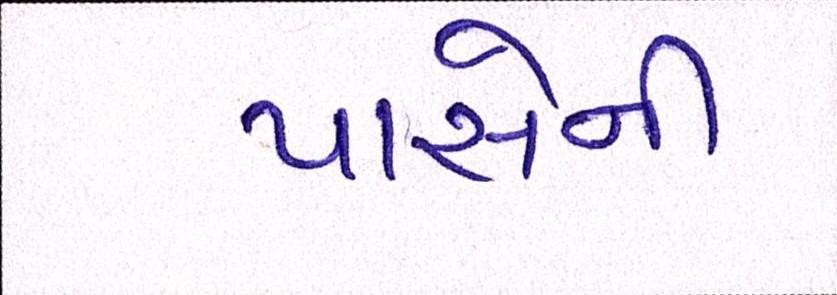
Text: પાસેની